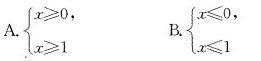
A.$$\begin{cases} x \geqslant 0, \\\\ (x \geqslant 1 \end{cases}$$ $$B.$$\begin{cases} x \leqslant 0, \\\\ x \leqslant 1 \end{cases}$$